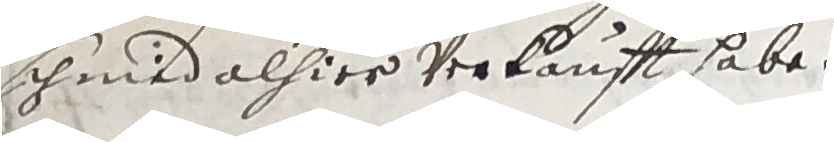
schmid alhier verkaufft habe.